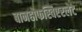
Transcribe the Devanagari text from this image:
बानहोफस्विएरलेट